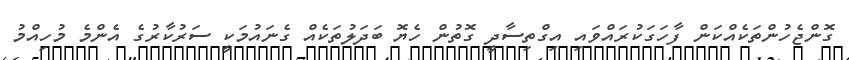
ގޮންޖެހުންތަކެއްކަން ފާހަގަކުރައްވައި އިގްތިސާދީ ގޮތުން ހެޔޮ ބަދަލުތަކެއް ގެނައުމަކީ ސަރުކާރުގެ އެންމެ މުހިއްމު